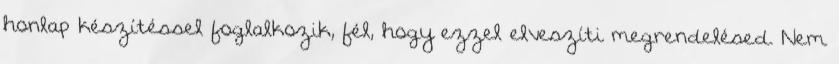
honlap készítéssel foglalkozik, fél, hogy ezzel elveszíti megrendelésed. Nem